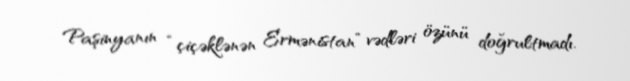
Paşinyanın “çiçəklənən Ermənistan” vədləri özünü doğrultmadı.